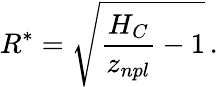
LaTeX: R^{*}=\sqrt{\frac{H_{C}}{z_{npl}}-1}\, .